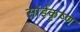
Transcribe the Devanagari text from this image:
सांईकृष्‍ण